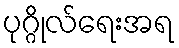
ပုဂ္ဂိုလ်ရေးအရ